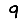
Digit: 9